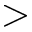
>